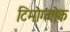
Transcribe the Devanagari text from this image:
टिमोग्लोक